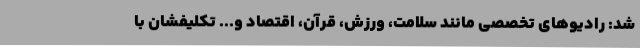
شد: رادیوهای تخصصی مانند سلامت، ورزش، قرآن، اقتصاد و... تکلیفشان با